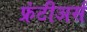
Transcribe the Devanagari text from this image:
फ्रंटीअर्स